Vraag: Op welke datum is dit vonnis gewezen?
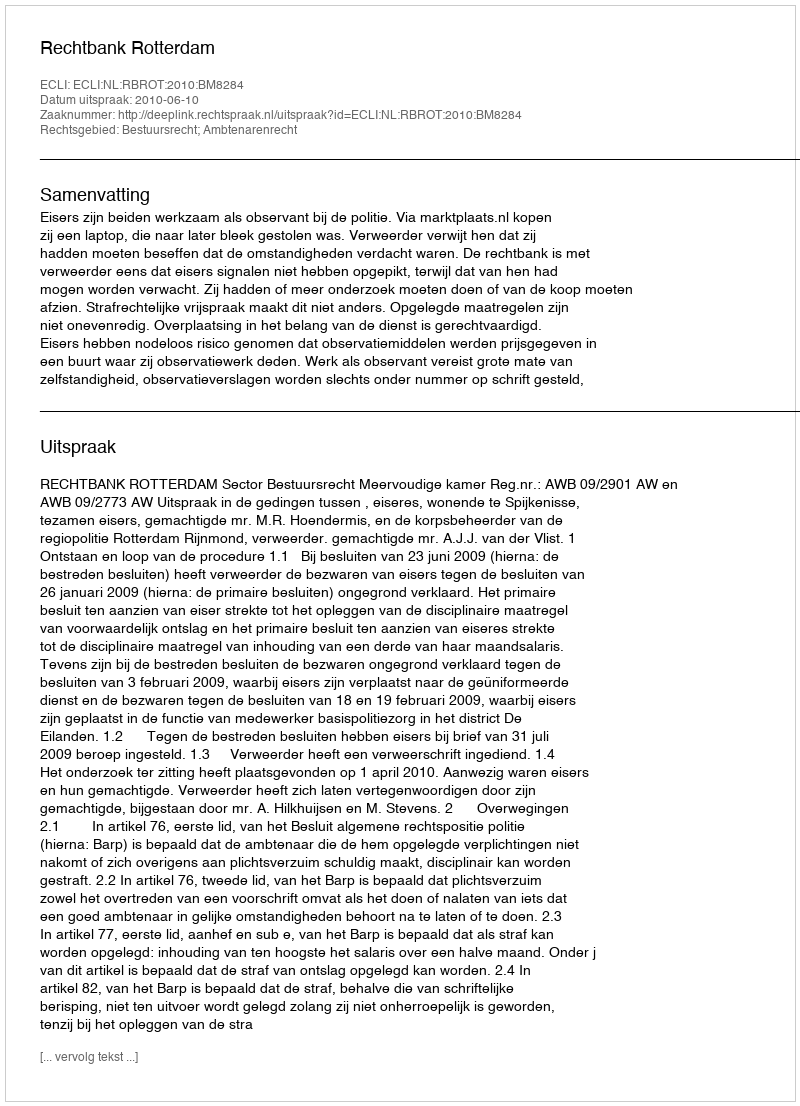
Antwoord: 2010-06-10